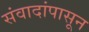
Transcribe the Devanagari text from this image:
संवादांपासून